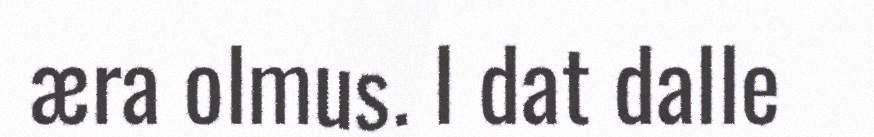
æra olmus. I dat dalle